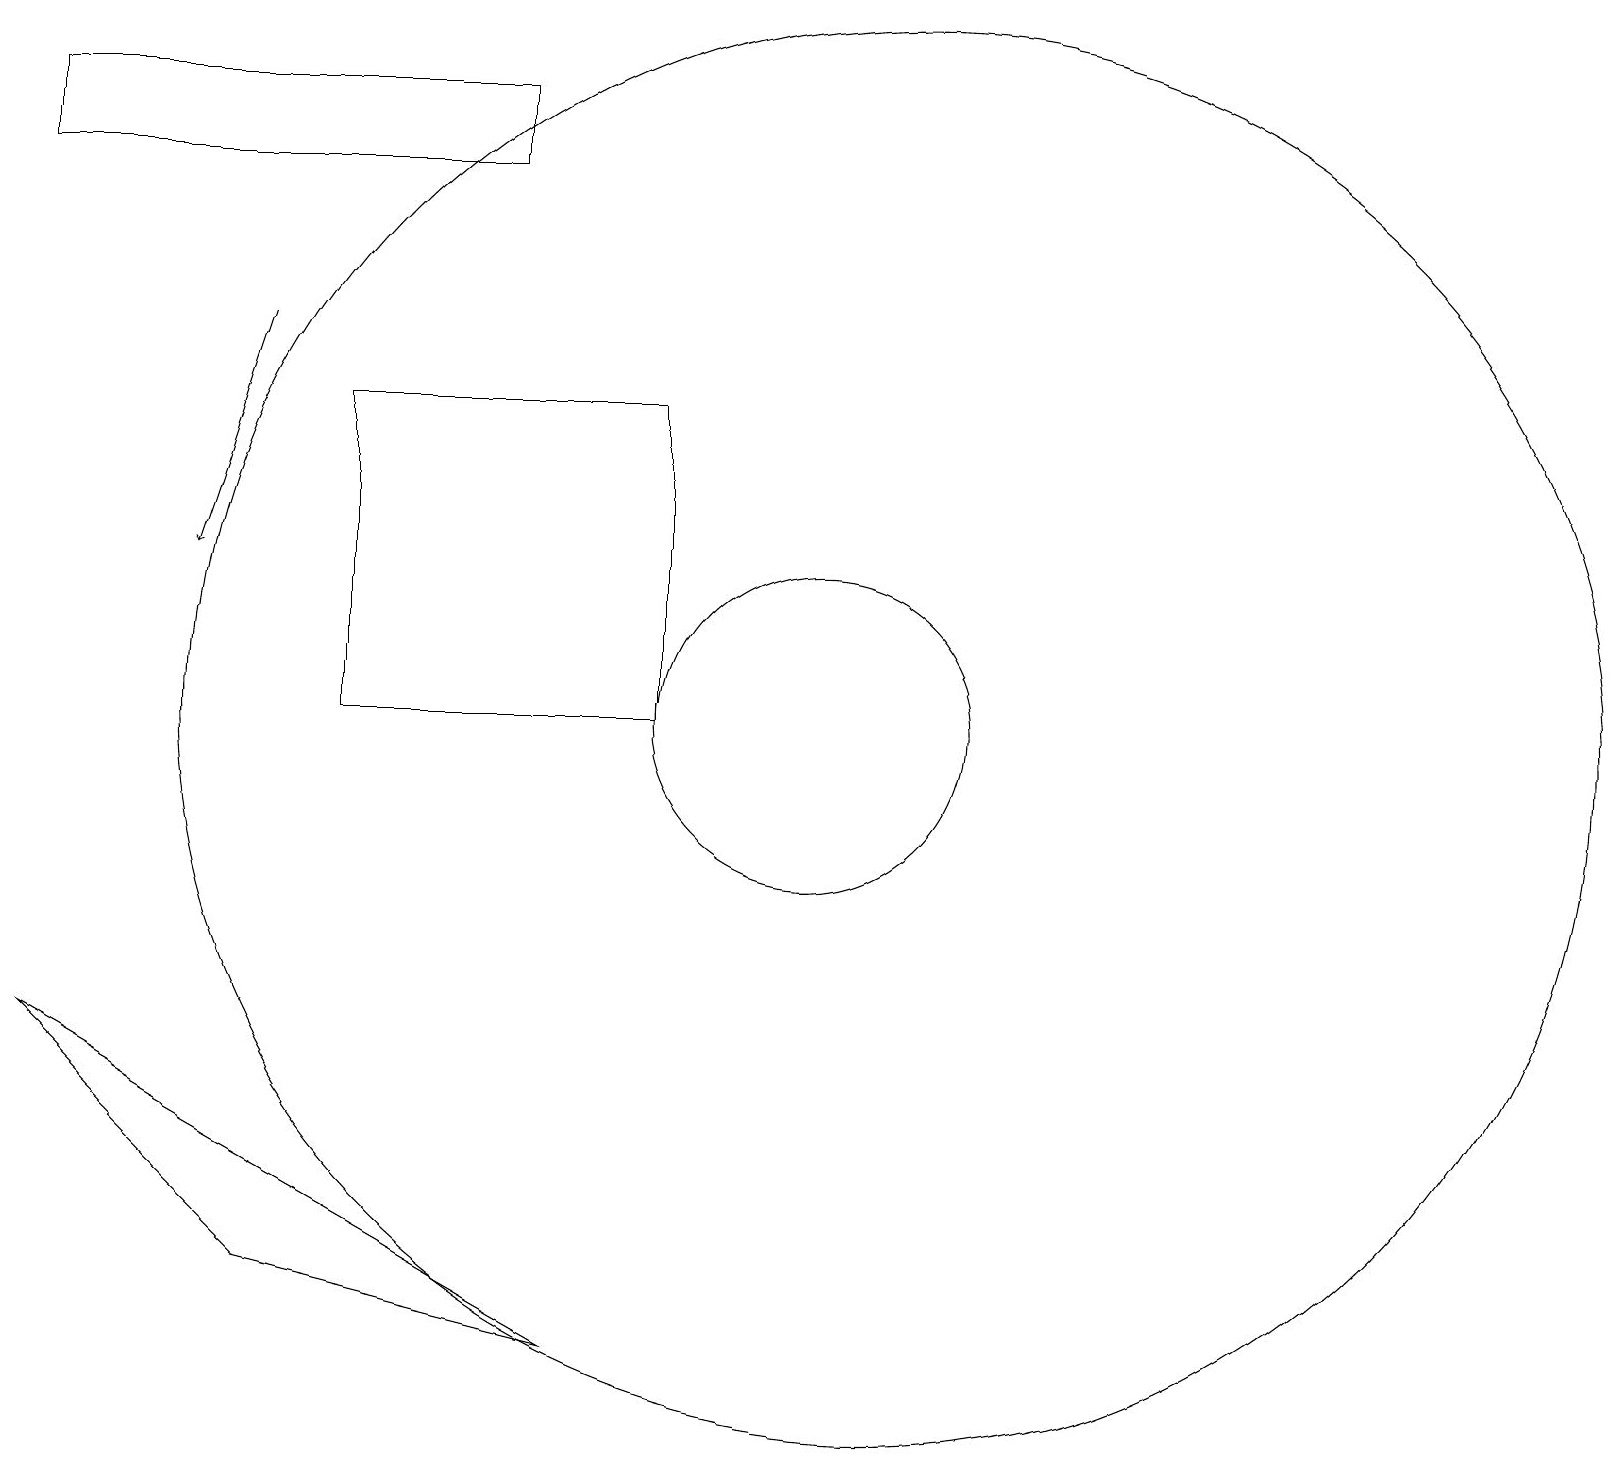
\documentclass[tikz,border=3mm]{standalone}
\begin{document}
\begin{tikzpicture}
\draw (7,19) rectangle (1,18);
\draw (12,11) circle (9);
\draw (4,4) -- (8,3) -- (1,7) -- cycle;
\draw[->] (4,16) -- (3,13);
\draw (5,11) rectangle (9,15);
\draw (11,11) circle (2);
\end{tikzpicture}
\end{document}